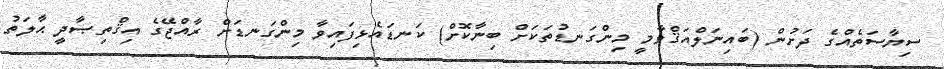
ސިޔާސަތެއްގެ ދަށުން (ބައިނަލްއަޤްވާމީ މިންގަނޑުތަކަށް ބިނާކޮށް) ކަނޑައެޅިފައިވާ މިންގަނޑަށް ރާއްޖޭގެ އިޤްތިޞާދީ ޙާލަތު